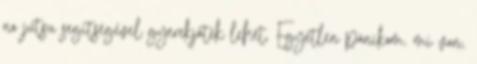
no jutsu segítségével gyerekjáték lehet. Egyetlen pánikom. mi van,